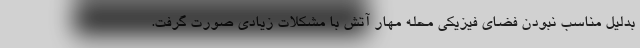
بدلیل مناسب نبودن فضای فیزیکی محله مهار آتش با مشکلات زیادی صورت گرفت.